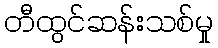
တီထွင်ဆန်းသစ်မှု